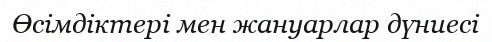
Өсімдіктері мен жануарлар дүниесі